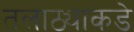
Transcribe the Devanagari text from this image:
तलाठ्याकडे